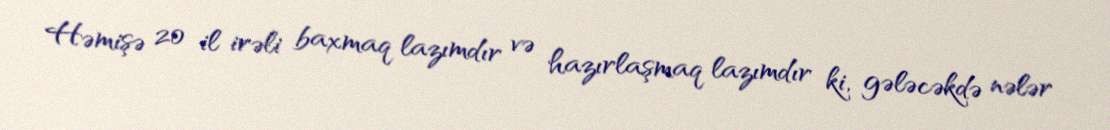
Həmişə 20 il irəli baxmaq lazımdır və hazırlaşmaq lazımdır ki, gələcəkdə nələr